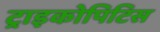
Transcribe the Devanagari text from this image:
ट्राइकोपिटिस